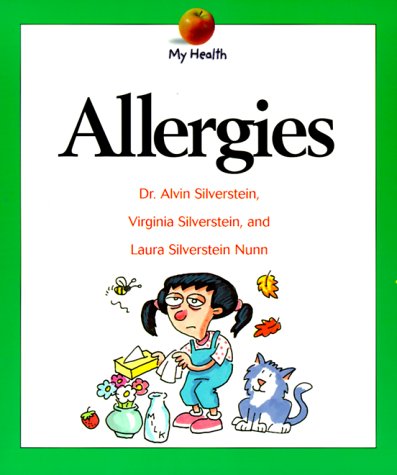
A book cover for Allergies (My Health Series); Alvin Silverstein; Health, Fitness & Dieting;